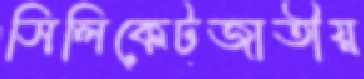
সিলিকেটজাতীয়